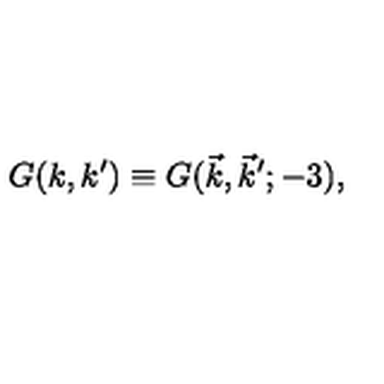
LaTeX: G ( k , k ^ { \prime } ) \equiv G ( \vec { k } , \vec { k } ^ { \prime } ; - 3 ) ,